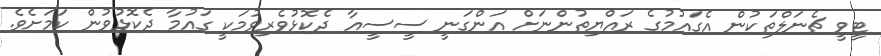
ޓީވީ ޗެނަލްތަކުން އެގައުމުގެ ރައްޔިތުންނަށް އަންގަނީ ސީސީއާ ދެކޮޅުވެރިވުމަކީ ގައުމާ ދެކޮޅުވުން ކަމަށެވެ.